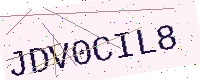
Text: JDV0CIL8